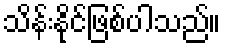
သိန်းနိုင်ဖြစ်ပါသည်။